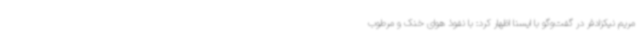
مریم نیکزادفر در گفت‌وگو با ایسنا اظهار کرد: با نفوذ هوای خنک و مرطوب